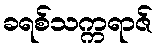
ခရစ်သက္ကရာဇ်